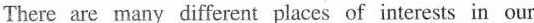
There are many different places of interests in our